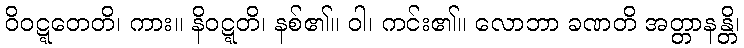
ဝိဝဋ္ဋတေတိ၊ ကား။ နိဝဋ္ဋတိ၊ နစ်၏။ ဝါ၊ ကင်း၏။ လောဘာ ခဏတိ အတ္တာနန္တိ၊